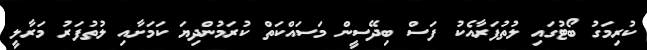
ކުރިމަގު ބޯޓުގައި ލުތުފަރާއެކު ފަސް ބިދޭސީން މަސައްކަތް ކުރަމުންދިޔަ ކަމަށާއި ލުތުފަރު މަރާލީ